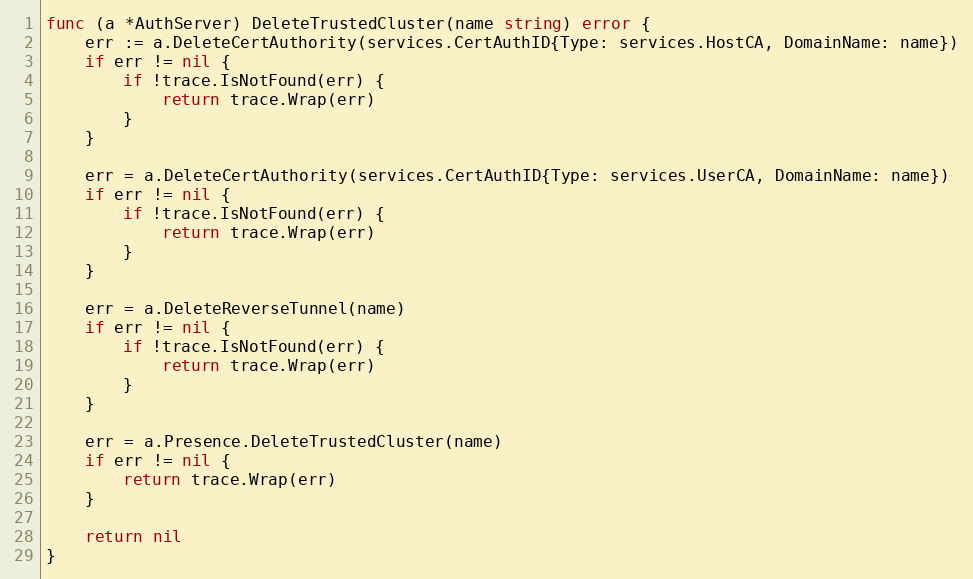
Language: Go
func (a *AuthServer) DeleteTrustedCluster(name string) error {
	err := a.DeleteCertAuthority(services.CertAuthID{Type: services.HostCA, DomainName: name})
	if err != nil {
		if !trace.IsNotFound(err) {
			return trace.Wrap(err)
		}
	}

	err = a.DeleteCertAuthority(services.CertAuthID{Type: services.UserCA, DomainName: name})
	if err != nil {
		if !trace.IsNotFound(err) {
			return trace.Wrap(err)
		}
	}

	err = a.DeleteReverseTunnel(name)
	if err != nil {
		if !trace.IsNotFound(err) {
			return trace.Wrap(err)
		}
	}

	err = a.Presence.DeleteTrustedCluster(name)
	if err != nil {
		return trace.Wrap(err)
	}

	return nil
}